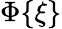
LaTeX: \Phi\{ \xi\}